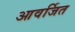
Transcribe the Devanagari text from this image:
आवर्जित